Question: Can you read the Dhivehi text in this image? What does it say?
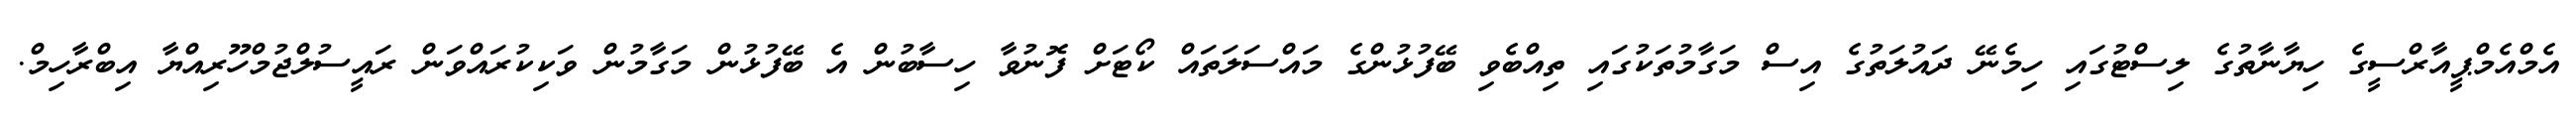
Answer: އެމްއެމްޕީއާރްސީގެ ހިޔާނާތުގެ ލިސްޓުގައި ހިމެނޭ ދައުލަތުގެ އިސް މަގާމުތަކުގައި ތިއްބެވި ބޭފުޅުންގެ މައްސަލަތައް ކޯޓަށް ފޮނުވާ ހިސާބުން އެ ބޭފުޅުން މަގާމުން ވަކިކުރައްވަން ރައީސުލްޖުމްހޫރިއްޔާ އިބްރާހިމް.